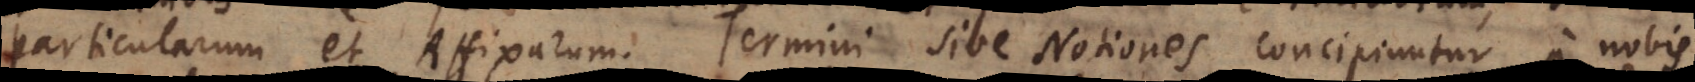
Particularum et Affixarum. Termini sive Notiones concipiuntur a nobis